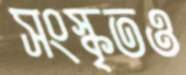
সংস্কৃতও